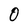
Character: 0